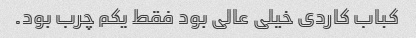
کباب کاردی خیلی عالی بود فقط یکم چرب بود.